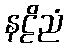
နဠိညံ